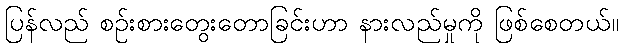
ပြန်လည် စဉ်းစားတွေးတောခြင်းဟာ နားလည်မှုကို ဖြစ်စေတယ်။